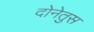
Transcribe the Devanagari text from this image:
दोनेतुस